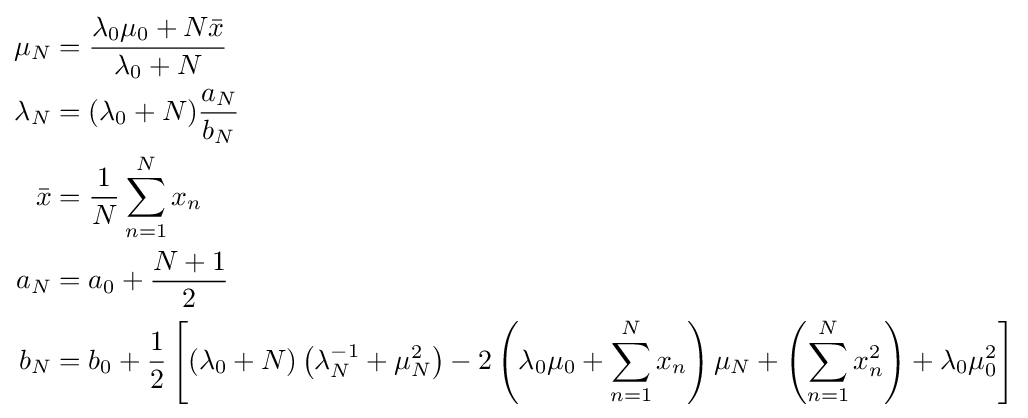
{\begin{aligned}\mu _{N}&={\frac {\lambda _{0}\mu _{0}+N{\bar {x}}}{\lambda _{0}+N}}\\\lambda _{N}&=(\lambda _{0}+N){\frac {a_{N}}{b_{N}}}\\{\bar {x}}&={\frac {1}{N}}\sum _{n=1}^{N}x_{n}\\a_{N}&=a_{0}+{\frac {N+1}{2}}\\b_{N}&=b_{0}+{\frac {1}{2}}\left[(\lambda _{0}+N)\left(\lambda _{N}^{-1}+\mu _{N}^{2}\right)-2\left(\lambda _{0}\mu _{0}+\sum _{n=1}^{N}x_{n}\right)\mu _{N}+\left(\sum _{n=1}^{N}x_{n}^{2}\right)+\lambda _{0}\mu _{0}^{2}\right]\end{aligned}}